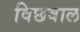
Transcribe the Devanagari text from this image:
विछवाल